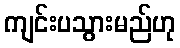
ကျင်းပသွားမည်ဟု